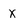
Character: X